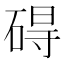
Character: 碍